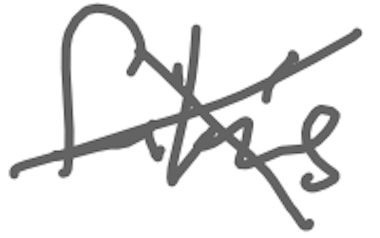
Text: film's
Cross-out: cross
Writing tool: digital_gray